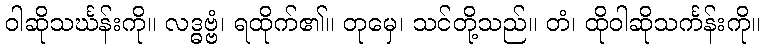
ဝါဆိုသင်္ဃန်းကို။ လဒ္ဓဗ္ဗံ၊ ရထိုက်၏။ တုမှေ၊ သင်တို့သည်။ တံ၊ ထိုဝါဆိုသင်္ကန်းကို။